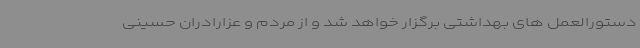
دستورالعمل های بهداشتی برگزار خواهد شد و از مردم و عزارادران حسینی